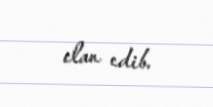
elan edib.